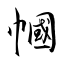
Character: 幗